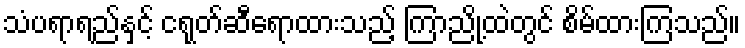
သံပရာရည်နှင့် ငရုတ်ဆီရောထားသည့် ကြာညို့ထဲတွင် စိမ်ထားကြသည်။